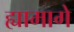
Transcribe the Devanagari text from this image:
ह्यामागे